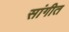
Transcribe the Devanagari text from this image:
सांगीत